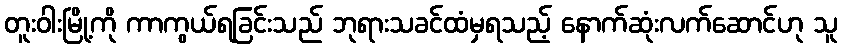
တူးဝါးမြို့ကို ကာကွယ်ရခြင်းသည် ဘုရားသခင်ထံမှရသည့် နောက်ဆုံးလက်ဆောင်ဟု သူ